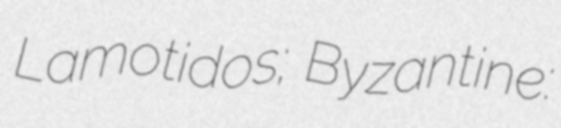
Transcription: Lamotidos; Byzantine: